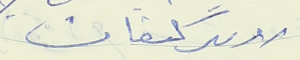
روبير كنعان